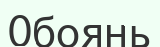
Обоянь